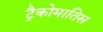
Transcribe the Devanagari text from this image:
ट्रैकोमातिस